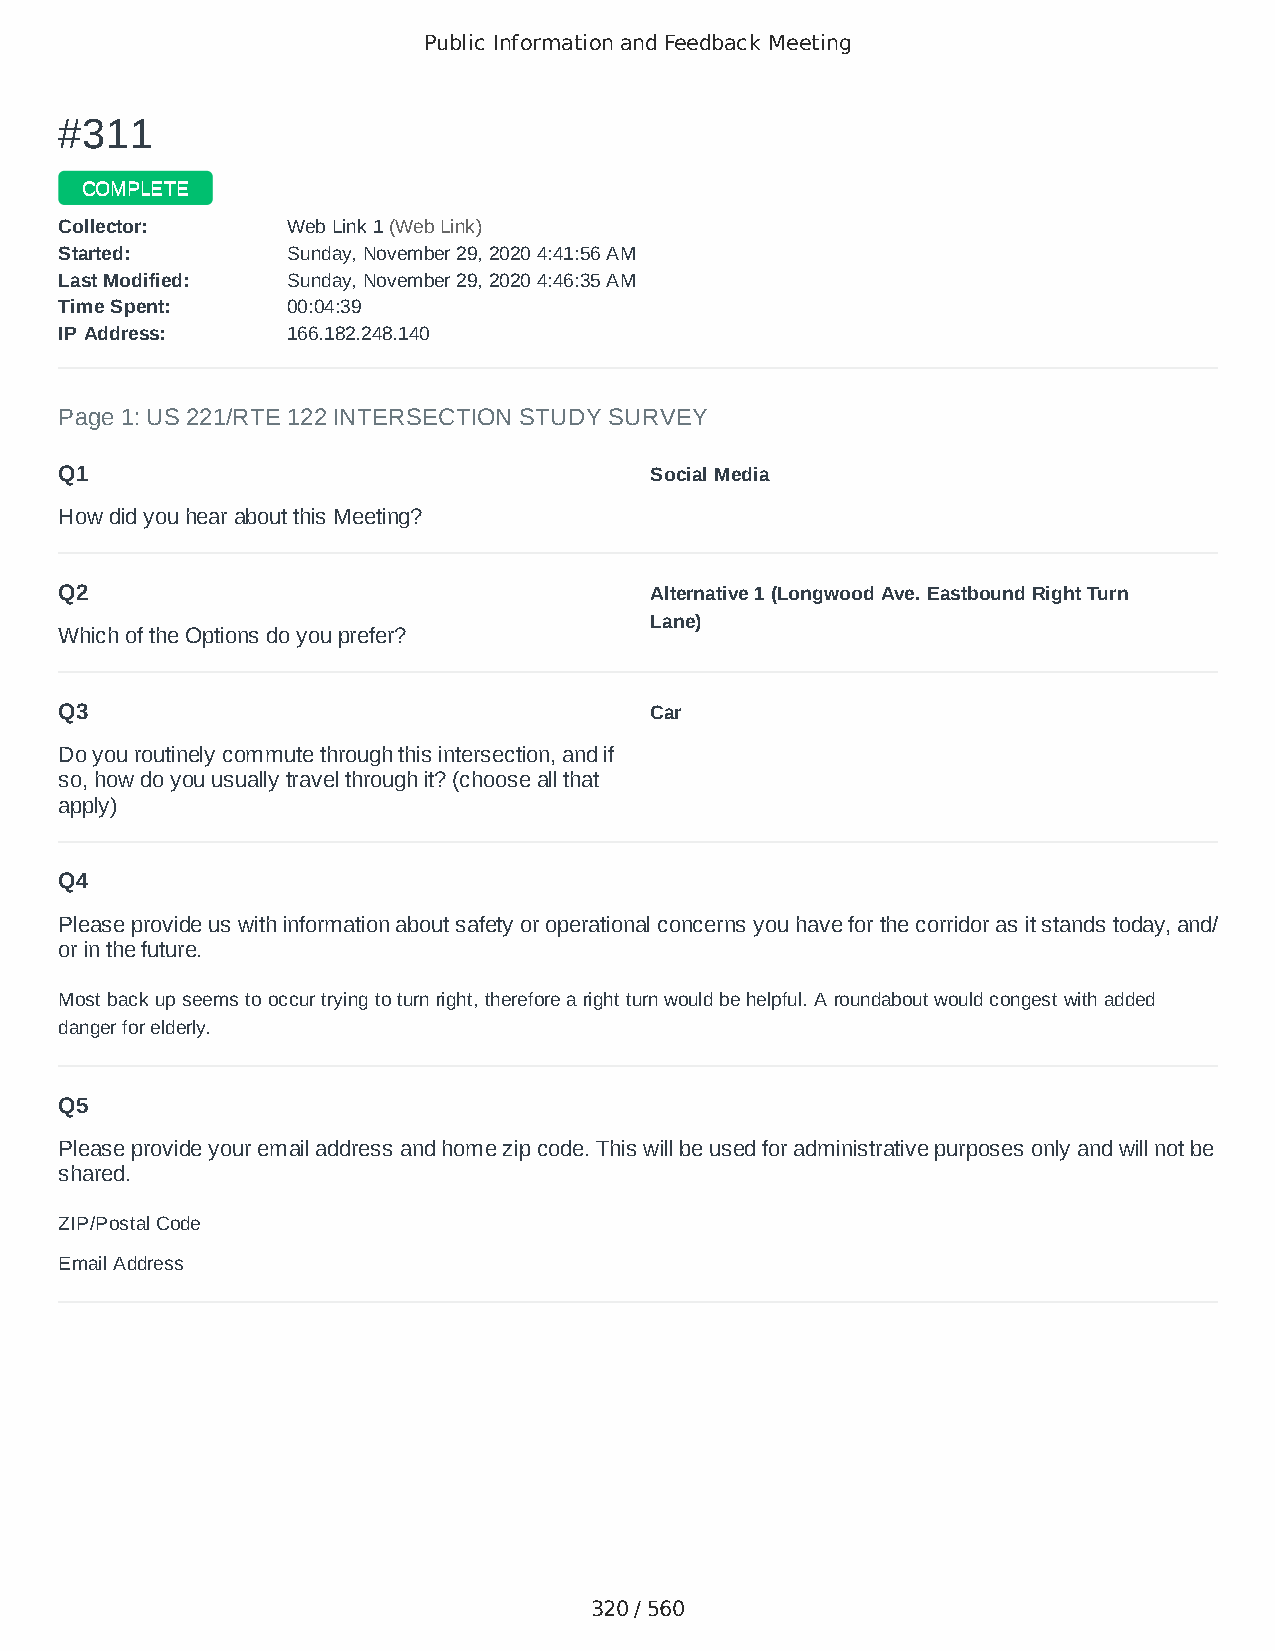
Public Information and Feedback Meeting
 ##331111
 CCOOMMPPLLEETTEE
 CCoolllleeccttoorr:: WWeebb LLiinnkk 11 ((WWeebb LLiinnkk))
 SSttaarrtteedd:: SSuunnddaayy,, NNoovveemmbbeerr 2299,, 22002200 44::4411::5566 AAMM
 LLaasstt MMooddiiffiieedd:: SSuunnddaayy,, NNoovveemmbbeerr 2299,, 22002200 44::4466::3355 AAMM
 TTiimmee SSppeenntt:: 0000::0044::3399
 IIPP AAddddrreessss:: 116666..118822..224488..114400
 Page 1: US 221/RTE 122 INTERSECTION STUDY SURVEY
 Q1                                     Social Media
 How did you hear about this Meeting?
 Q2                                     Alternative 1 (Longwood Ave. Eastbound Right Turn
 Lane)
 Which of the Options do you prefer?
 Q3                                     Car
 Do you routinely commute through this intersection, and if
 so, how do you usually travel through it? (choose all that
 apply)
 Q4
 Please provide us with information about safety or operational concerns you have for the corridor as it stands today, and/
 or in the future.
 Most back up seems to occur trying to turn right, therefore a right turn would be helpful. A roundabout would congest with added
 danger for elderly.
 Q5
 Please provide your email address and home zip code. This will be used for administrative purposes only and will not be
 shared.
 ZIP/Postal Code                        24523
 Email Address                          nicholsmahlon@gmail.com
 320 / 560